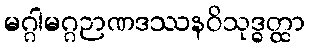
မဂ္ဂါမဂ္ဂဉာဏဒဿနဝိသုဒ္ဓတ္ထာ